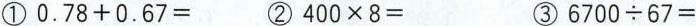
①0.78+0.67= ②400×8= ③6700÷67=